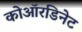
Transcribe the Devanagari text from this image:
कोऑरडिनेट